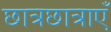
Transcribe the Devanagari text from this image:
छात्रछात्राएँ